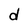
Character: d